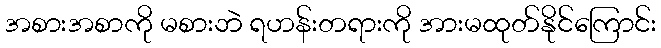
အစားအစာကို မစားဘဲ ရဟန်းတရားကို အားမထုတ်နိုင်ကြောင်း